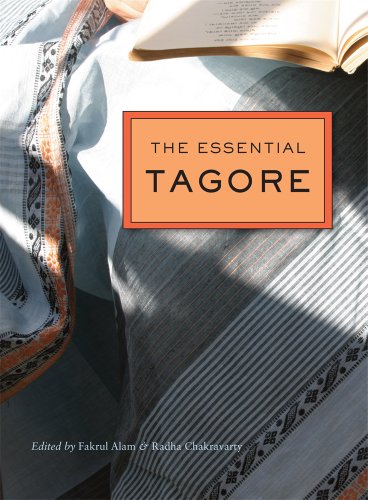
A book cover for The Essential Tagore; Rabindranath Tagore; Literature & Fiction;